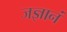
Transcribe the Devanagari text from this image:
जज्ञानं